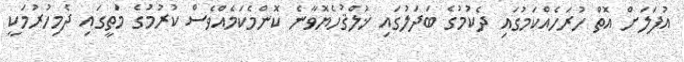
އުފަލަށް އޮތް ހުރަހެއްކަމުގައި ދެކުމުގެ ބަދަލުގައި ޚުލްޤުހެޔޮވާނެ ކޮންމެކަމެއްވެސް ކުރުމުގެ މަތީގައި ދެމިހުރުމަކީ